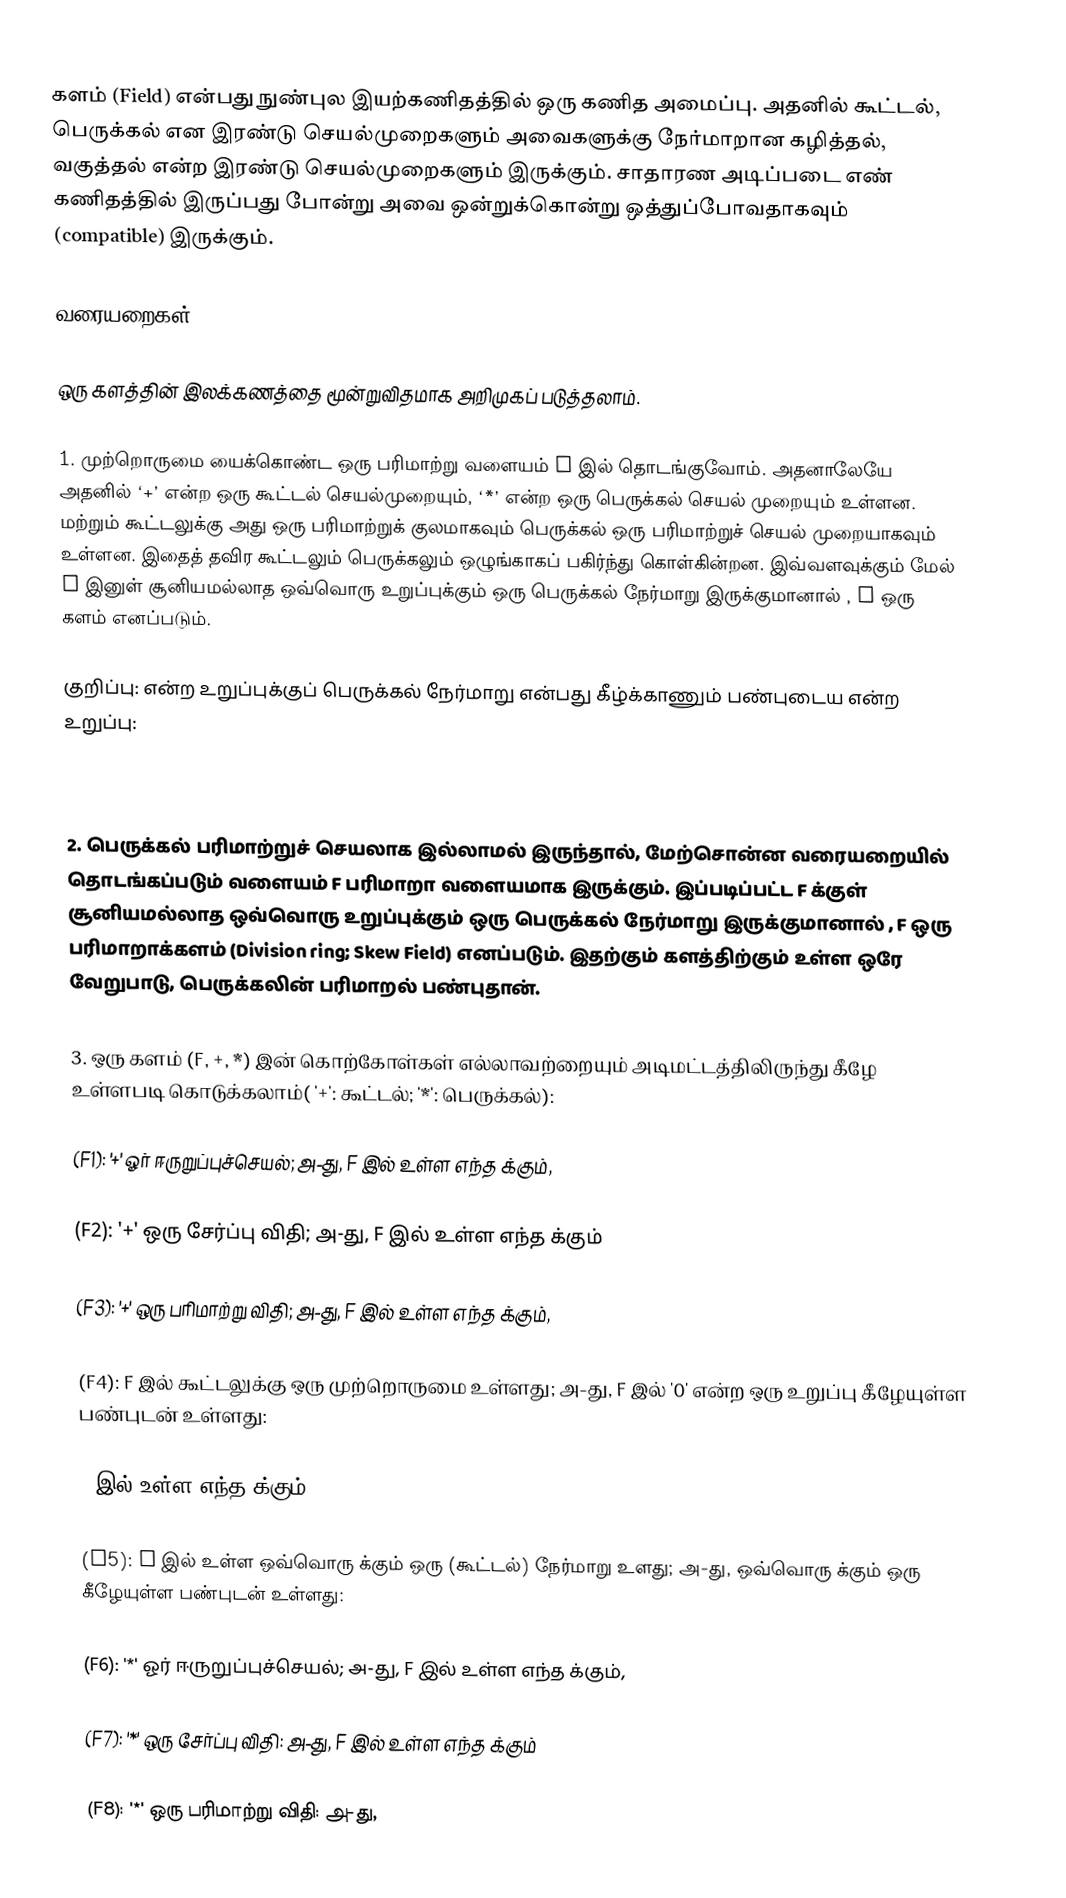
களம் (Field) என்பது நுண்புல இயற்கணிதத்தில் ஒரு கணித அமைப்பு. அதனில் கூட்டல், பெருக்கல் என இரண்டு செயல்முறைகளும் அவைகளுக்கு நேர்மாறான கழித்தல், வகுத்தல் என்ற இரண்டு செயல்முறைகளும் இருக்கும். சாதாரண அடிப்படை எண் கணிதத்தில் இருப்பது போன்று அவை ஒன்றுக்கொன்று ஒத்துப்போவதாகவும் (compatible) இருக்கும்.

வரையறைகள்

ஒரு களத்தின் இலக்கணத்தை மூன்றுவிதமாக அறிமுகப் படுத்தலாம்.

1. முற்றொருமை யைக்கொண்ட ஒரு பரிமாற்று வளையம் F இல் தொடங்குவோம்.  அதனாலேயே அதனில் ‘+’ என்ற ஒரு கூட்டல் செயல்முறையும், ‘*’ என்ற ஒரு பெருக்கல் செயல் முறையும் உள்ளன. மற்றும் கூட்டலுக்கு அது ஒரு பரிமாற்றுக் குலமாகவும் பெருக்கல் ஒரு பரிமாற்றுச் செயல் முறையாகவும் உள்ளன. இதைத் தவிர கூட்டலும் பெருக்கலும் ஒழுங்காகப் பகிர்ந்து கொள்கின்றன. இவ்வளவுக்கும் மேல் F இனுள் சூனியமல்லாத ஒவ்வொரு உறுப்புக்கும் ஒரு பெருக்கல் நேர்மாறு இருக்குமானால் , F ஒரு களம் எனப்படும்.

குறிப்பு:  என்ற உறுப்புக்குப் பெருக்கல் நேர்மாறு என்பது கீழ்க்காணும் பண்புடைய  என்ற உறுப்பு:

.

2. பெருக்கல் பரிமாற்றுச் செயலாக இல்லாமல் இருந்தால், மேற்சொன்ன வரையறையில் தொடங்கப்படும் வளையம் F பரிமாறா வளையமாக இருக்கும். இப்படிப்பட்ட F க்குள் சூனியமல்லாத ஒவ்வொரு உறுப்புக்கும் ஒரு பெருக்கல் நேர்மாறு இருக்குமானால் , F ஒரு பரிமாறாக்களம் (Division ring; Skew Field) எனப்படும். இதற்கும் களத்திற்கும் உள்ள ஒரே வேறுபாடு, பெருக்கலின் பரிமாறல் பண்புதான்.

3. ஒரு களம் (F, +, *) இன் கொற்கோள்கள் எல்லாவற்றையும் அடிமட்டத்திலிருந்து கீழே உள்ளபடி கொடுக்கலாம்( '+': கூட்டல்; '*': பெருக்கல்):

(F1): '+' ஓர் ஈருறுப்புச்செயல்; அ-து, F இல் உள்ள எந்த  க்கும்,

(F2): '+' ஒரு சேர்ப்பு விதி; அ-து, F இல் உள்ள எந்த க்கும்

(F3): '+' ஒரு பரிமாற்று விதி; அ-து, F இல் உள்ள எந்த  க்கும்,

(F4): F இல் கூட்டலுக்கு ஒரு முற்றொருமை உள்ளது; அ-து, F இல் '0' என்ற ஒரு உறுப்பு கீழேயுள்ள பண்புடன் உள்ளது:

F இல் உள்ள எந்த  க்கும்,

(F5): F இல் உள்ள ஒவ்வொரு  க்கும் ஒரு (கூட்டல்) நேர்மாறு உளது; அ-து, ஒவ்வொரு  க்கும் ஒரு  கீழேயுள்ள பண்புடன் உள்ளது:

(F6): '*' ஓர் ஈருறுப்புச்செயல்; அ-து, F இல் உள்ள எந்த  க்கும்,

(F7): '*' ஒரு சேர்ப்பு விதி: அ-து, F இல் உள்ள எந்த க்கும்

(F8): '*' ஒரு பரிமாற்று விதி: அ-து,